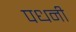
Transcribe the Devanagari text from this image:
पधनी